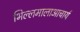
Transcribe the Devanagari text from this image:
भिल्लमालाआचार्य